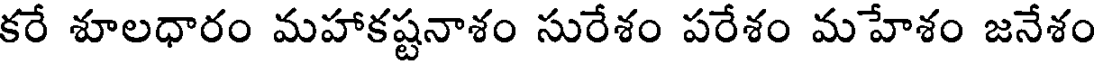
కరే శూలధారం మహాకష్టనాశం సురేశం పరేశం మహేశం జనేశం